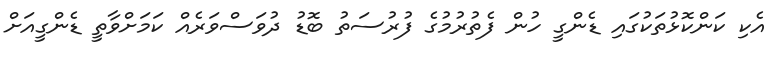
އެކި ކަންކޮޅުތަކުގައި ޑެންގީ ހުން ފެތުރުމުގެ ފުރުސަތު ބޮޑު ދުވަސްވަރެއް ކަމަށްވާތީ ޑެންގީއަށް